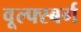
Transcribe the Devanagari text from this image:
वूल्फ्स्बर्ग